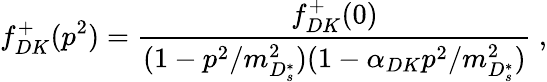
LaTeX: f_{DK}^{+}(p^{2})=\frac{f_{DK}^{+}(0)}{(1-p^{2}/m_{D_{s}^{*}}^{2})(1-\alpha_{DK}p^{2}/m_{D_{s}^{*}}^{2})}~,